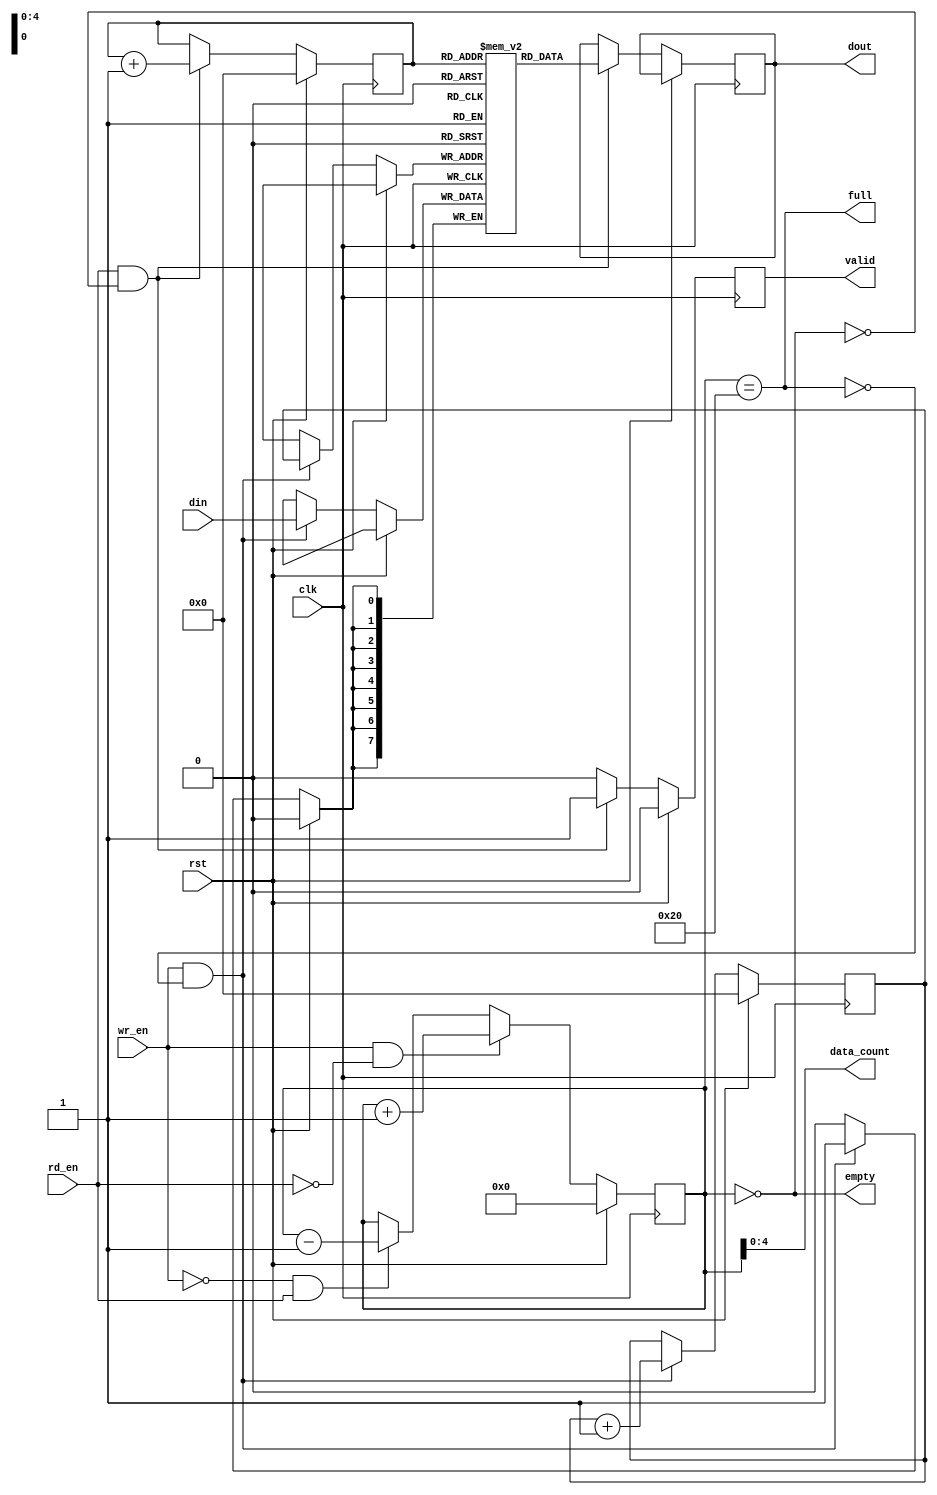
module fifo #(
  parameter FIFO_WIDTH = 8,
  parameter FIFO_DEPTH = 32
  )
  (
  input                      clk,
  input                      rst,
  input                      wr_en,
  input                      rd_en,
  input   [FIFO_WIDTH-1:0] din,
  output reg [FIFO_WIDTH-1:0] dout,
  // output                     almost_full,
  // output                     almost_empty,
  output                     full,
  output                    empty,
  output  reg                   valid,
  // output                     wr_ack,
  // output                     overflow,
  // output                     underflow,
  output  [log2(FIFO_DEPTH)-1:0] data_count
  );
  
  // Function to calculate the logarithm base 2
  function automatic integer log2;
    input integer value;
    begin
      log2 = 0;
      while(value > 1) begin
        value = value >> 1;
        log2 = log2 + 1;
      end
    end
  endfunction

  reg [log2(FIFO_DEPTH):0] counter;
  reg [FIFO_WIDTH-1:0] memory [FIFO_DEPTH-1:0];
  reg [log2(FIFO_DEPTH)-1:0] read_ptr, write_ptr;
  
  always@(posedge clk)begin
    
    if(rst)begin 
      read_ptr    <= 0;
      write_ptr   <= 0;
      counter     <= 0;
      valid       <= 0;
    end

    else begin

      if(wr_en && !rd_en)
        counter <= counter + 1;
      else if(!wr_en && rd_en)
        counter <= counter - 1;
      else
        counter <= counter;

      if(wr_en && !full)
      begin
        write_ptr <= write_ptr + 1;
        memory[write_ptr] <= din;
      end


      if(rd_en && !empty)
      begin
        read_ptr <= read_ptr + 1;
        dout <= memory[read_ptr];
        valid <= 1;
      end
      else
        valid <= 0;

    end
  end

  
  assign data_count = counter;
  assign empty = (counter == 0);
  assign full  = (counter == FIFO_DEPTH);

  // Dump waves
  integer idx;
  initial begin
    $dumpfile("dump.vcd");
    $dumpvars(1, fifo);
    for (idx = 0; idx < FIFO_DEPTH; idx = idx + 1) $dumpvars(1, memory[idx]);
  end

endmodule